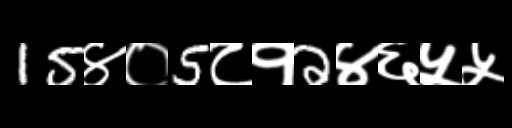
Text: 15४०5८१2४६५५